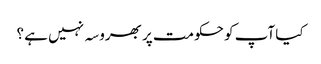
کیا آپ کو حکومت پر بھروسہ نہیں ہے ؟